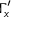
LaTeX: \Gamma _ { x } ^ { \prime }